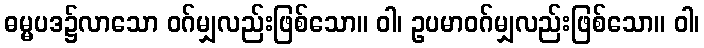
ဓမ္မပဒ၌လာသော ဝဂ်မျှလည်းဖြစ်သော။ ဝါ၊ ဥပမာဝဂ်မျှလည်းဖြစ်သော။ ဝါ၊